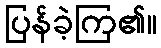
ပြန်ခဲ့ကြ၏။